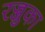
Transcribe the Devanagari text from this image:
रज्जुका